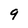
Character: 9